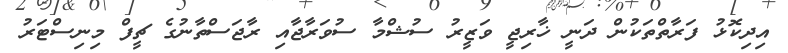
އިދިކޮޅު ފަރާތްތަކުން ދަނީ ޚާރިޖީ ވަޒީރު ސުޝްމާ ސުވަރާޖާއި ރާޖަސްތާނުގެ ޗީފް މިނިސްޓަރު